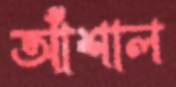
আঁশাল